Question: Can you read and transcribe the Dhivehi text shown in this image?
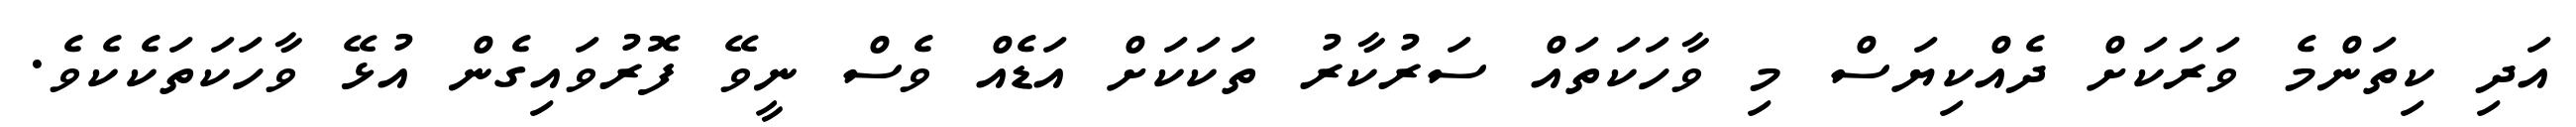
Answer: އަދި ކިތަންމެ ވަރަކަށް ދެއްކިޔަސް މި ވާހަކަތައް ސަރުކާރު ތަކަކަށް އަޑެއް ވެސް ނީވޭ ފޮރުވައިގެން އުޅޭ ވާހަކަތަކެކެވެ.